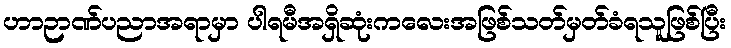
ဟာဉာဏ်ပညာအရာမှာ ပါရမီအရှိဆုံးကလေးအဖြစ်သတ်မှတ်ခံရသူဖြစ်ပြီး